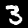
Digit: 3